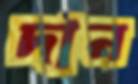
দান